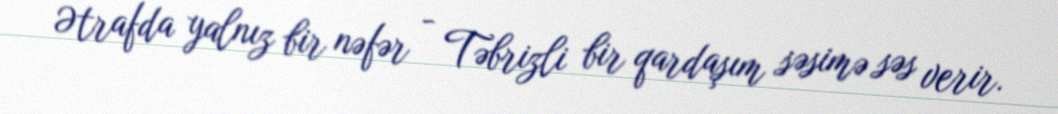
Ətrafda yalnız bir nəfər - Təbrizli bir qardaşım səsimə səs verir.